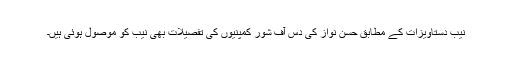
نیب دستاویزات کے مطابق حسن نواز کی دس آف شور کمپنیوں کی تفصیلات بھی نیب کو موصول ہوئی ہیں۔